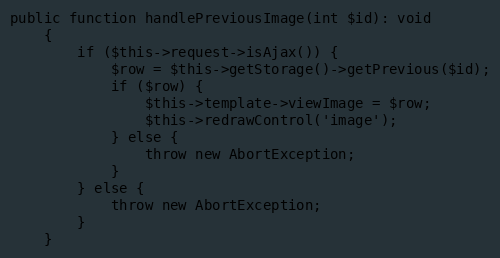
Language: PHP
public function handlePreviousImage(int $id): void
	{
		if ($this->request->isAjax()) {
			$row = $this->getStorage()->getPrevious($id);
			if ($row) {
				$this->template->viewImage = $row;
				$this->redrawControl('image');
			} else {
				throw new AbortException;
			}
		} else {
			throw new AbortException;
		}
	}